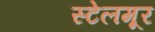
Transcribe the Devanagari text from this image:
स्टेलमूर